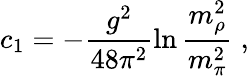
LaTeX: c_{1}=-\frac{g^{2}}{48\pi^{2}}\ln{\frac{m_{\rho}^{2}}{m_{\pi}^{2}}}\; ,